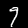
Label: 9